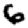
Digit: 6